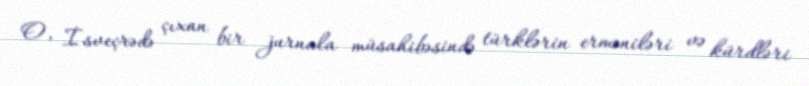
O, İsveçrədə çıxan bir jurnala müsahibəsində türklərin erməniləri və kürdləri